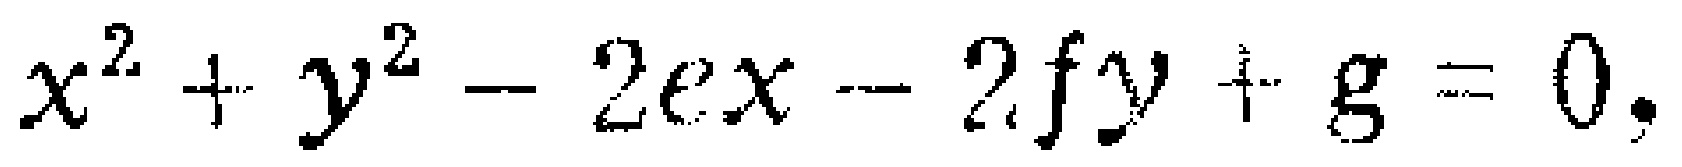
\(x^{2}+y^{2}-2ex - 2fy+g = 0\)